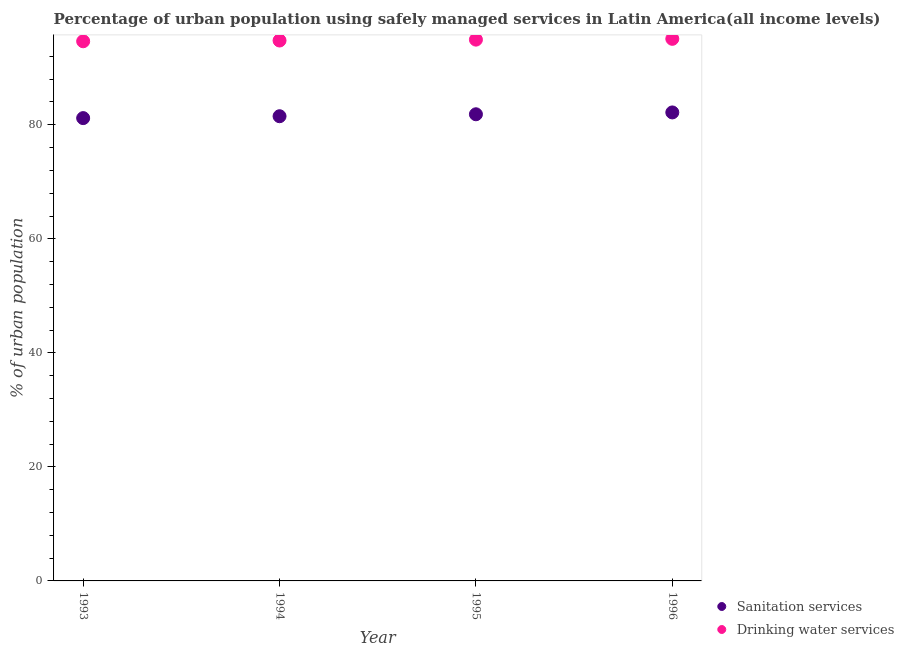
| Year | Sanitation services | Drinking water services |
 | --- | --- | --- |
 | 1993 | 81.2 | 94.6 |
 | 1994 | 81.5 | 94.8 |
 | 1995 | 81.8 | 94.9 |
 | 1996 | 82.2 | 95.1 |